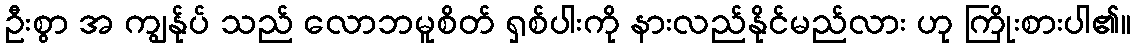
ဦးစွာ အ ကျွန်ုပ် သည် လောဘမူစိတ် ရှစ်ပါးကို နားလည်နိုင်မည်လား ဟု ကြိုးစားပါ၏။